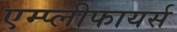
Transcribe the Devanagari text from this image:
एम्प्लीफायर्स